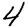
Digit: 4